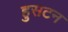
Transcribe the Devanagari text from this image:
हुसटन